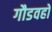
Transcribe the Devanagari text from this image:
गौडवहो